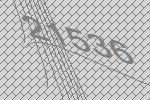
21536